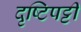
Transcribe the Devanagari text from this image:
दृष्टिपट्टी